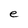
Character: e